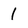
Character: 1